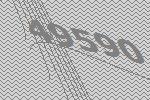
49590